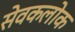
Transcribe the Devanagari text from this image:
सेवकलोक